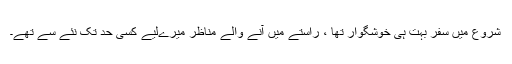
شروع میں سفر بہت ہی خوشگوار تھا ، راستے میں آنے والے مناظر میرےلیے کسی حد تک نئے سے تھے۔